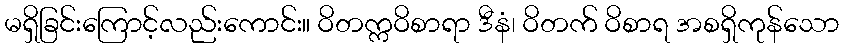
မရှိခြင်းကြောင့်လည်းကောင်း။ ဝိတက္ကဝိစာရာ ဒီနံ၊ ဝိတက် ဝိစာရ အစရှိကုန်သော